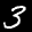
Label: 3